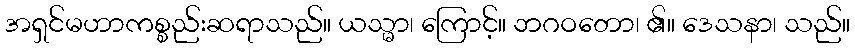
အရှင်မဟာကစ္စည်းဆရာသည်။ ယသ္မာ၊ ကြောင့်။ ဘဂဝတော၊ ၏။ ဒေသနာ၊ သည်။